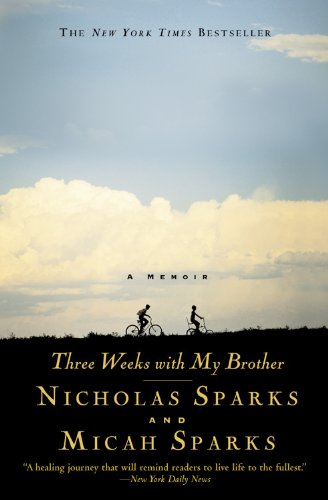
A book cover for Three Weeks with My Brother; Nicholas Sparks; Biographies & Memoirs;